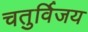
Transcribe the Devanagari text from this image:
चतुर्विजय